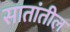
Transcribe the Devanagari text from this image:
सातांतील